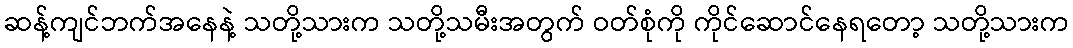
ဆန့်ကျင်ဘက်အနေနဲ့ သတို့သားက သတို့သမီးအတွက် ဝတ်စုံကို ကိုင်ဆောင်နေရတော့ သတို့သားက